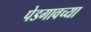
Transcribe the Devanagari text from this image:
पेडगावच्या